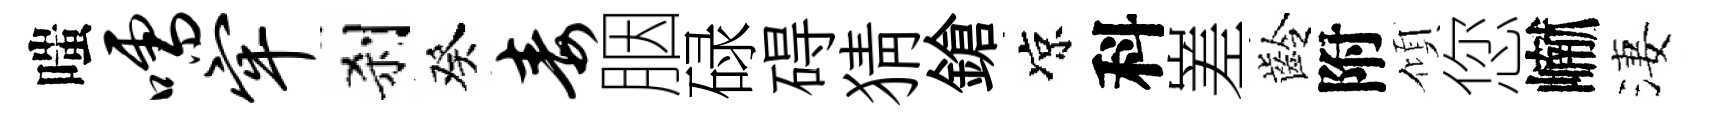
嗤嚅牢刹癸毒胭碌碍猜鎗凉科嵳齡附傾您𪩘淒